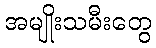
အမျိုးသမီးတွေ